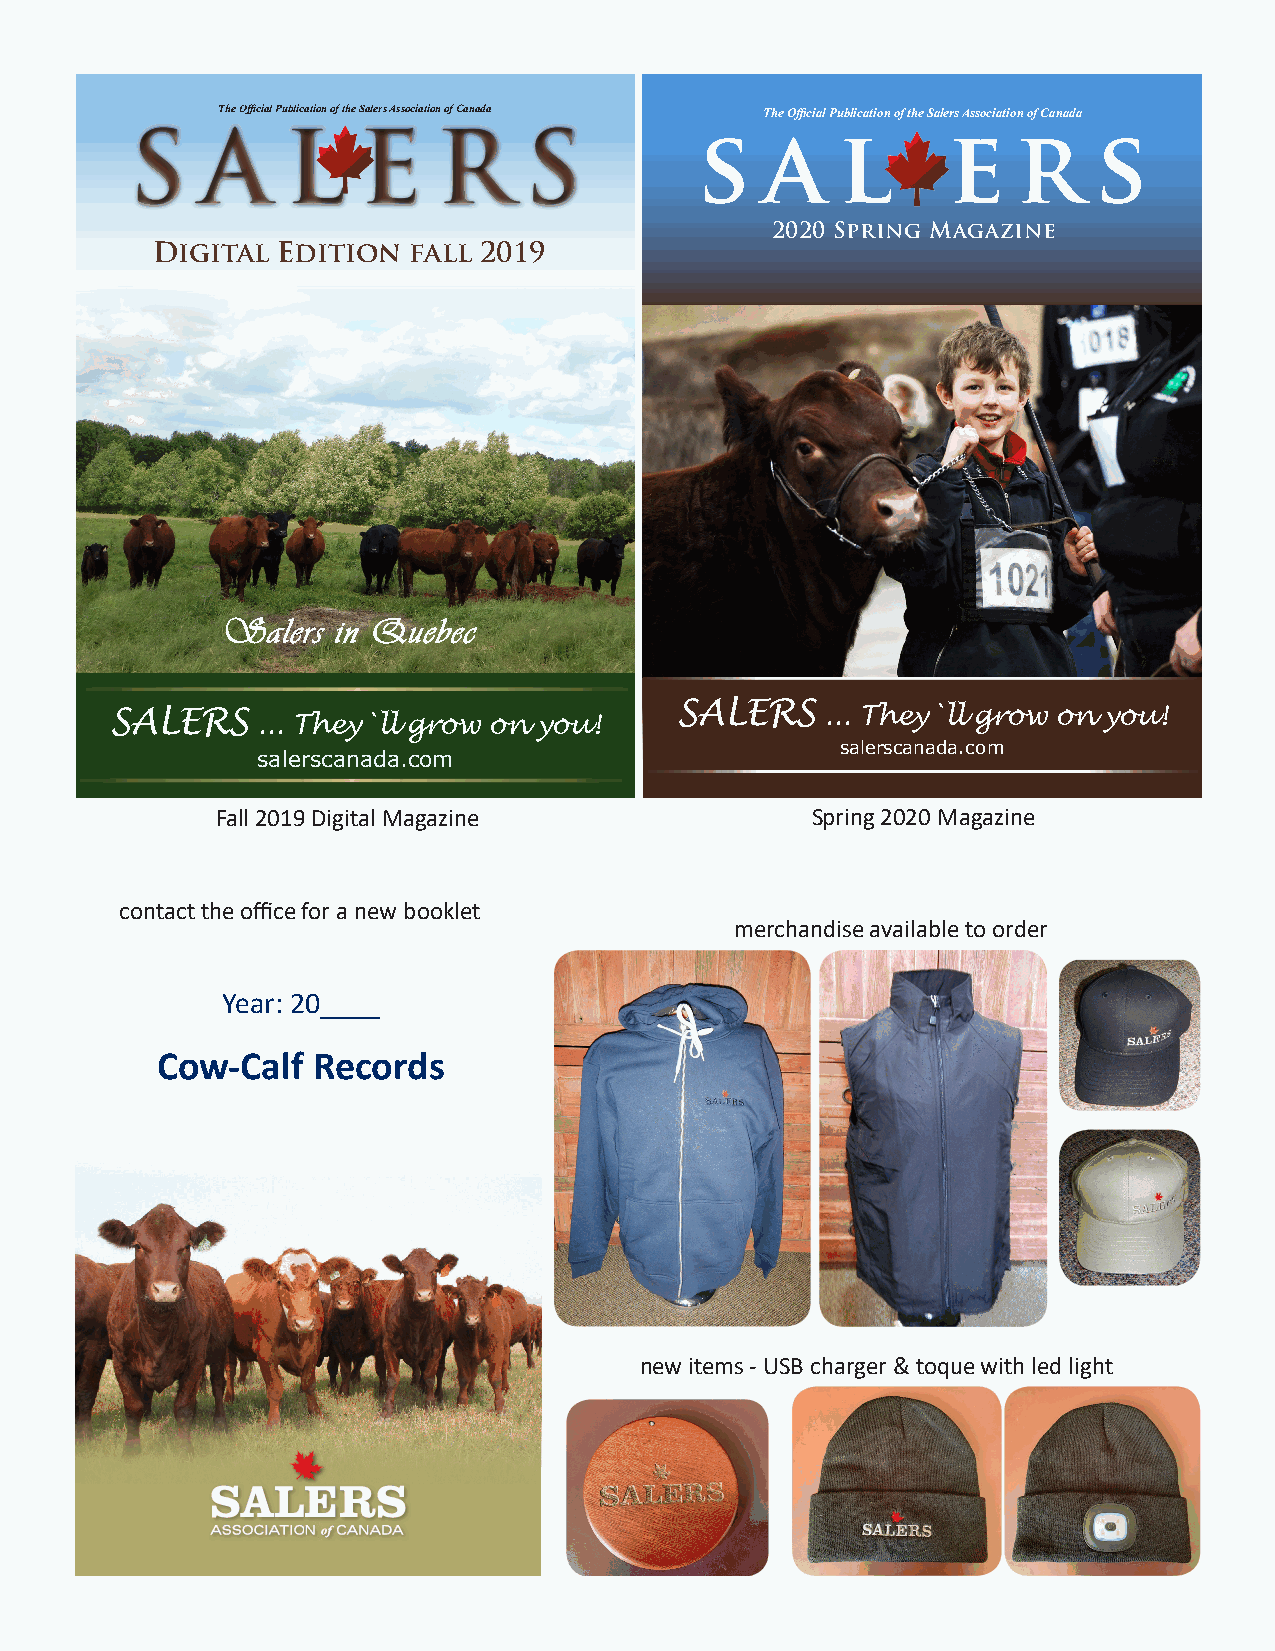
The Official Publication of the Salers Association of Canada The Official Publication of the Salers Association of Canada
 S   A     L    E    R     S          s    a   l       e   r    s
 2020 Spring Magazine
 Digital Edition  fall 2019
 Salers in Quebec
 SALERS    ... They`ll grow on you!    SALERS    ... They`ll grow on you!
 salerscanada.com
 salerscanada.com
 Fall 2019 Digital Magazine              Spring 2020 Magazine
 contact the office for a new booklet
 merchandise available to order
 Year: 20____
 Cow-Calf   Records
 new items - USB charger & toque with led light